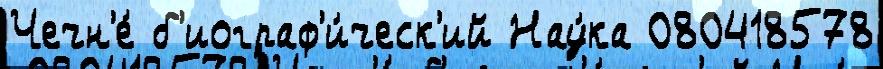
Чечн'е́ б'иограф'и́ческ'ий Нау́ка 080418578